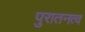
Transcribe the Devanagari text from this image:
पुरातनत्व